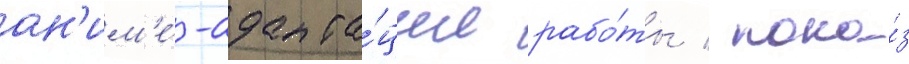
ан'им'е́-адапта́ции рабо́ты / пока́з